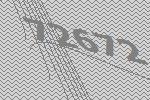
72672